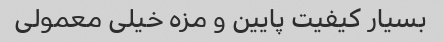
بسیار کیفیت پایین و مزه خیلی معمولی